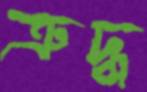
ত্রুদ্ধ